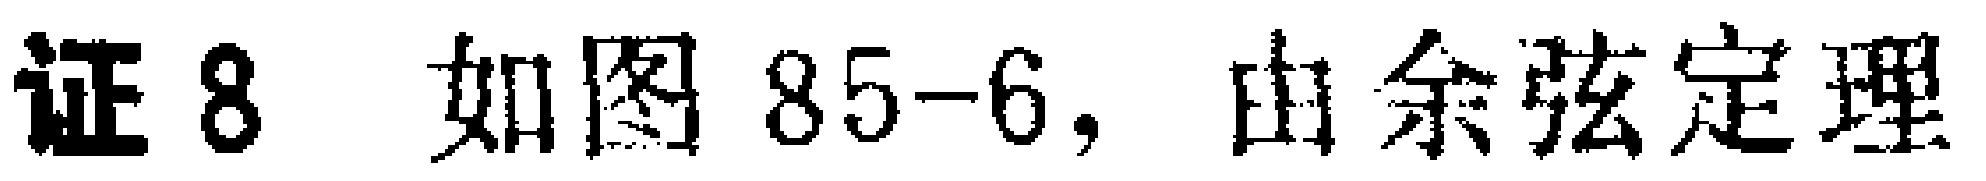
证8 如图85-6，由余弦定理